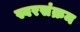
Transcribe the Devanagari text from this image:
स्वरसंक्रम